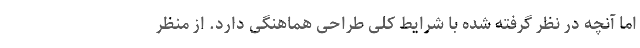
اما آنچه در نظر گرفته شده با شرایط کلی طراحی هماهنگی دارد. از منظر